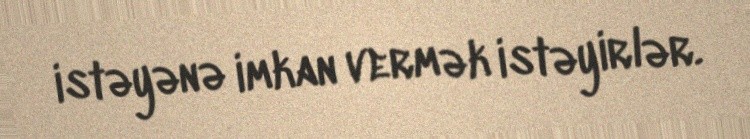
istəyənə imkan vermək istəyirlər.